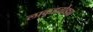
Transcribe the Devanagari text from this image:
लाकूडतोड्या